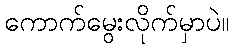
ကောက်မွေးလိုက်မှာပဲ။